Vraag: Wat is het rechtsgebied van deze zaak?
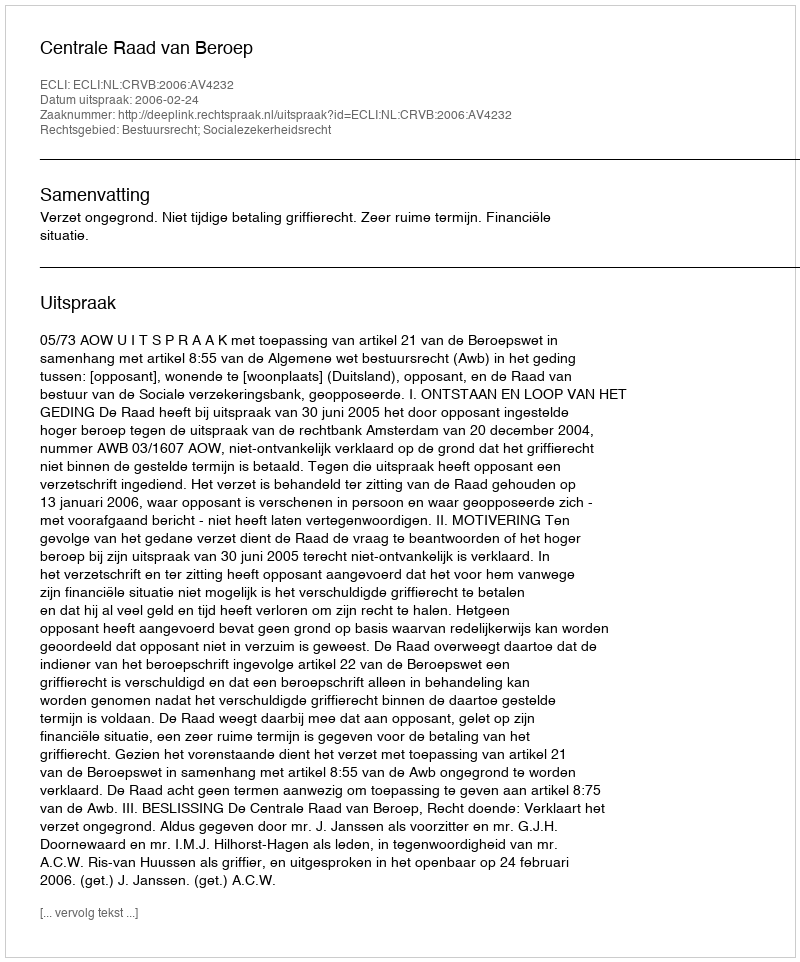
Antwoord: Bestuursrecht; Socialezekerheidsrecht